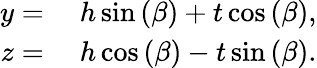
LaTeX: \begin{array}{rl}{y={}}&{{}h\sin{(\beta)}+t\cos{(\beta)},}\\ {z={}}&{{}h\cos{(\beta)}-t\sin{(\beta)}.}\end{array}